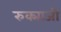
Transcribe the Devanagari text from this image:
रुक्माजी